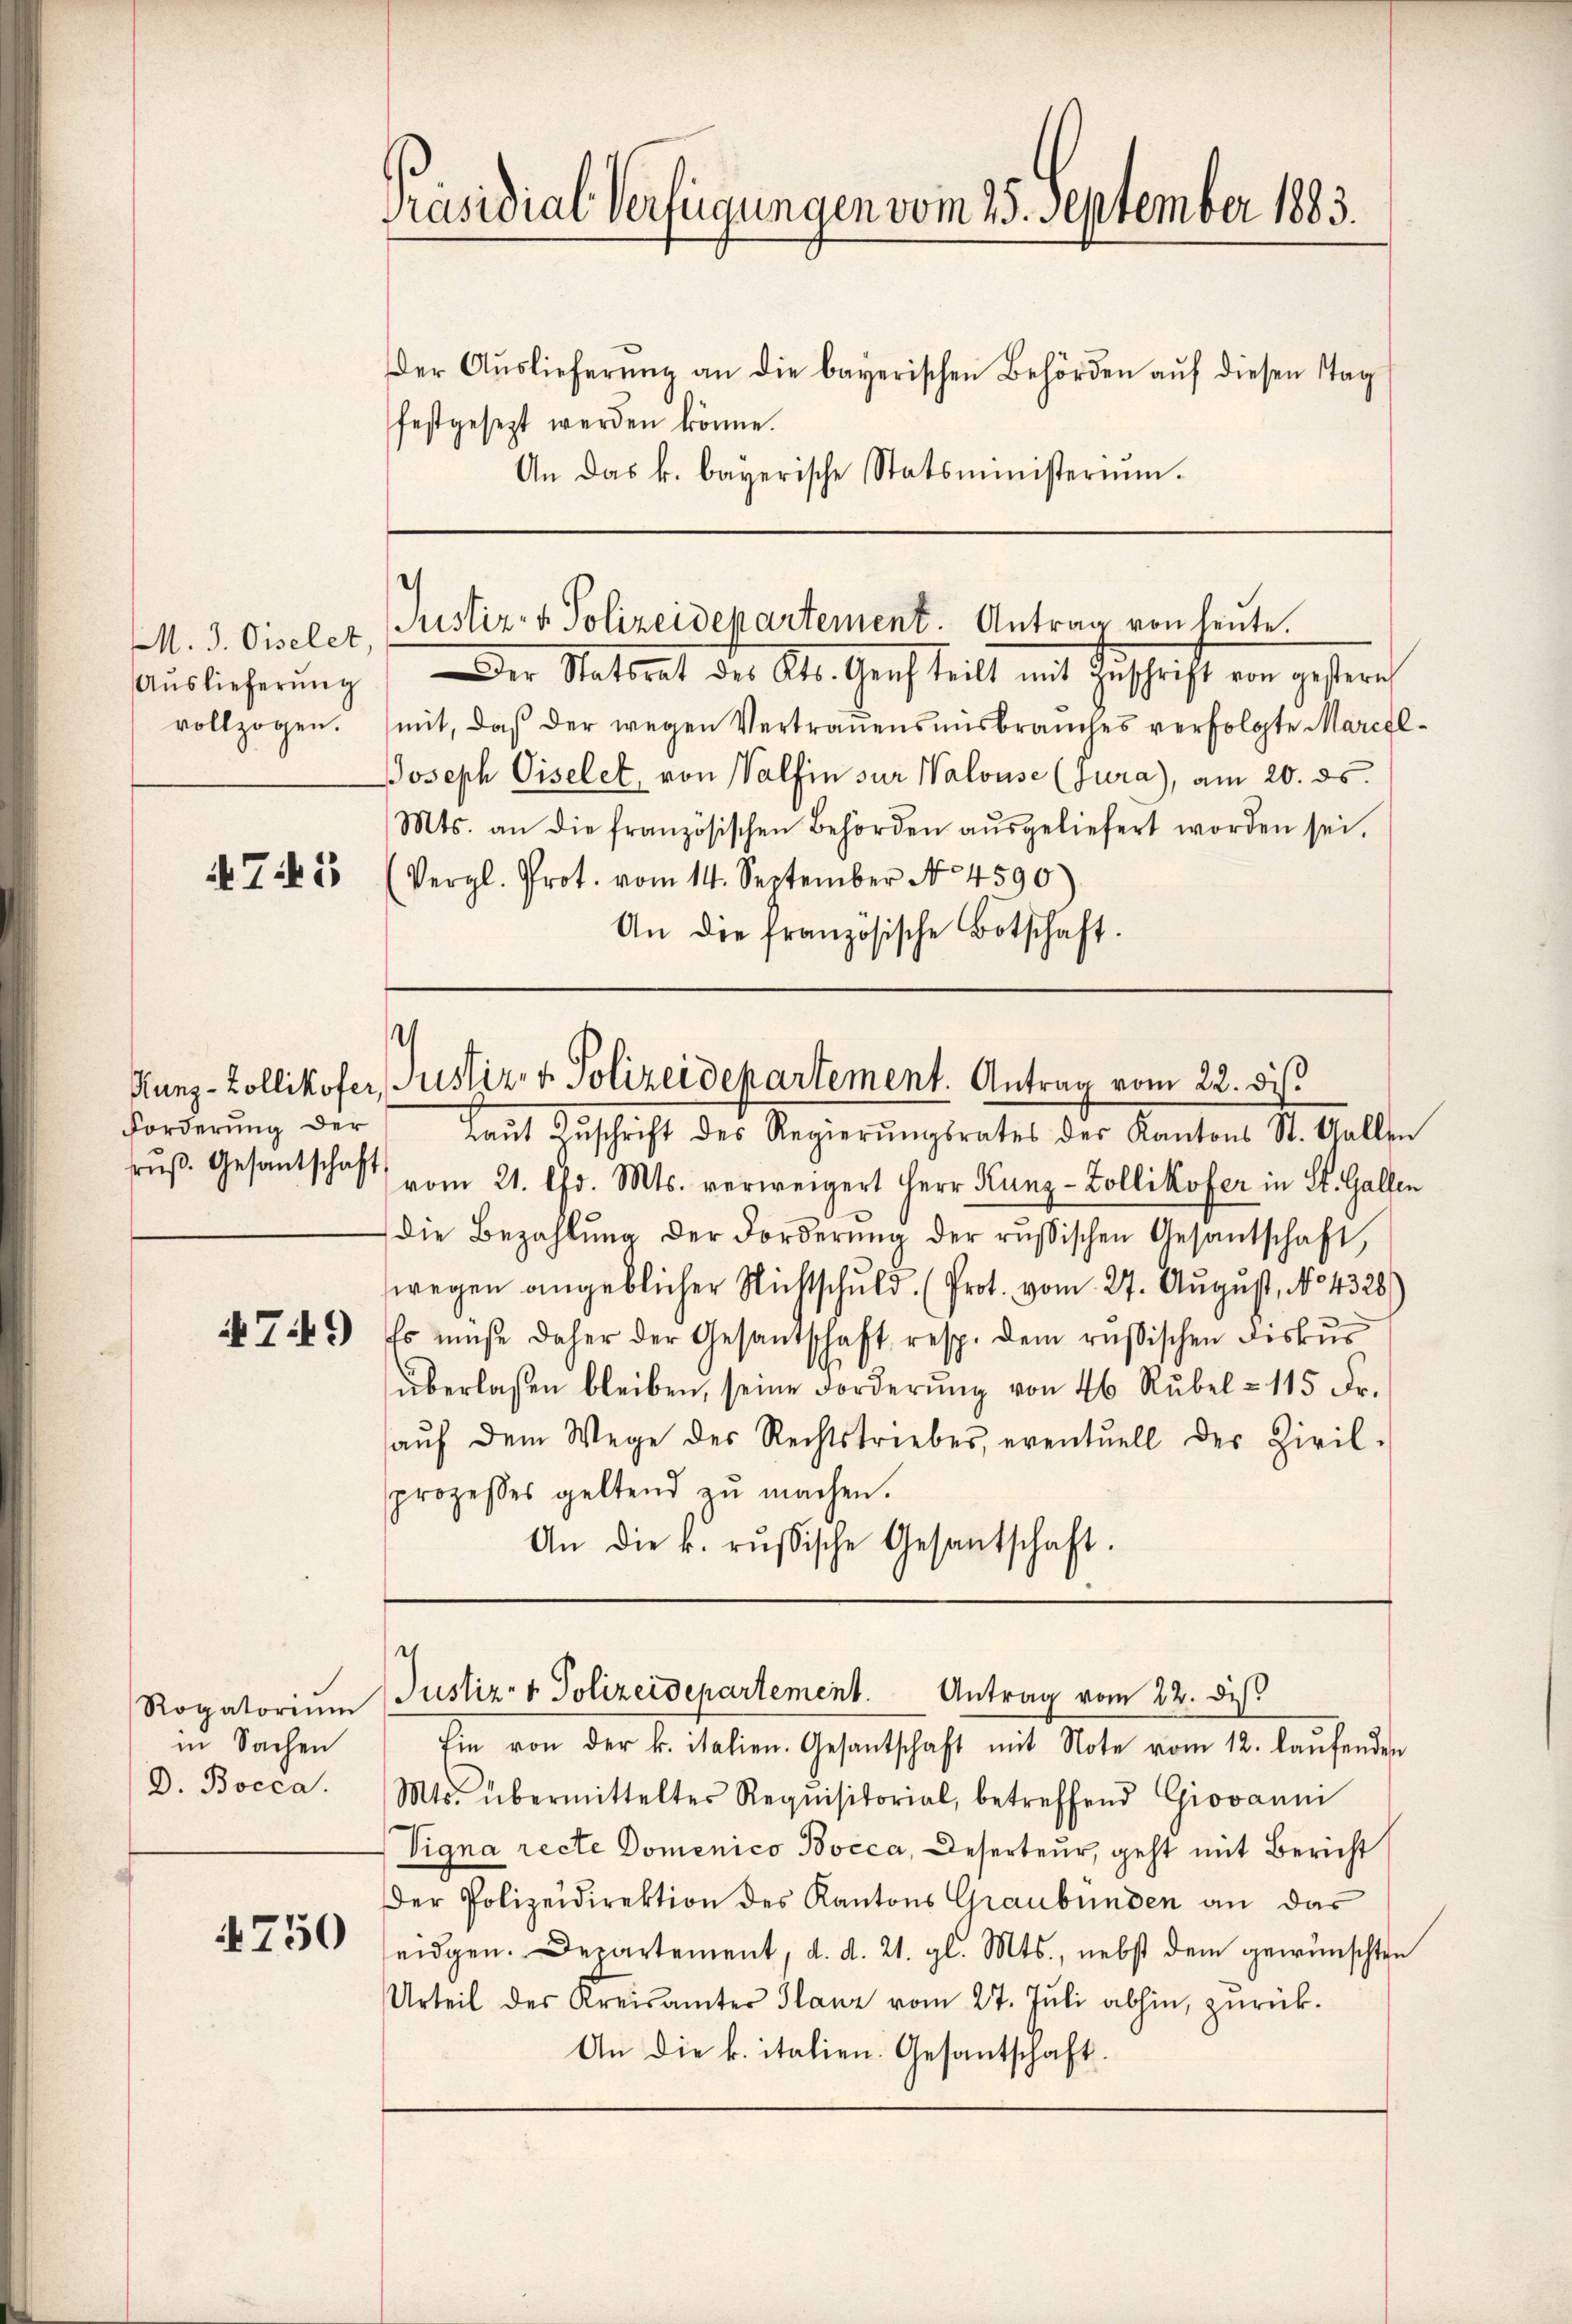
M. J. Giselet,
Auslieferung
vollzogen.

4 Ti

Forderung der
ruß. Gesantschaft

T9)

in Sachen
D. Bocca.

4750

Präsidial-Verfügungen vom 25. September 1883.

Der Aŭslieferŭng an die bayerischen Behörden aŭf diesen Tag
festgesezt werden könne.
An das k. bayerische Statsministerium.

Justiz- & Polizeidepartement. Antrag von heute.

¬

Der Stattrat des Kts. Genf teilt mit Zuschrift von gestern
mit, daß der wegen Vertrauensmisbrauches verfolgte Marchl¬
Joseph Giselet, von Walfin sur Walouse (Jura), am 20. ds.
Mts. an die französischen Behörden aŭsgeliefert worden sei.
Vergl. Prot. vom 14. September No 4590
An die französische Botschaft.

Runz-Zollikofer, Justiz, v. Polizeidepartement. Antrag vom 22. ds.

¬
Rogatorium Justiz- & Polizeidepartement. Antrag vom 22. dis
Ein von der k. italien. Gesantschaft mit Note vom 12. laŭfenden

Laŭt Zuschrift des Regierŭngsrates der Kantons St. Gallen
vom 21. Chr. Mts. verweigert Herr Kunz-Zollikofer in St. Gallen
die Bezahlŭng der Forderŭng der russischen Gesantschaft,
wegen angeblicher Nichtschuld (Prot. vom 27. August, No 4328)
Es müße daher der Gesantschaft resp. dem russischen Fiskus
überlaßen bleiben, seine Forderŭng von 46 Rŭbel - 115 Fr.
aŭf dem Wege des Rechtstriebes, eventuell der Zivil-
prozesses geltend zu machen.
An die k. rŭsische Gesantschaft.

Mts. übermittelter Requisitorial, betreffend Giovanni
Vigna recte Domenico Bocca, Deserteur, geht mit Bericht
Der Polizeidirektion des Kantons Graubünden an das
eidgen. Departement, d. d. 21. gl. Mts., nebst dem gewünschten
Urteil des Kreisamter Hanz vom 27. Jŭli abhin, zurück-
An die k. italien. Gesantschaft.